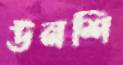
উনশি